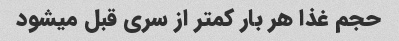
حجم غذا هر بار کمتر از سری قبل میشود